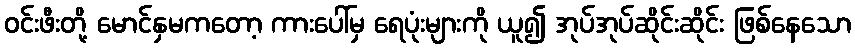
ဝင်းဖီးတို့ မောင်နှမကတော့ ကားပေါ်မှ ရေပုံးများကို ယူ၍ အုပ်အုပ်ဆိုင်းဆိုင်း ဖြစ်နေသော